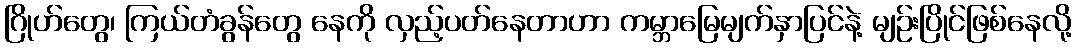
ဂြိုဟ်တွေ၊ ကြယ်တံခွန်တွေ နေကို လှည့်ပတ်နေတာဟာ ကမ္ဘာမြေမျက်နှာပြင်နဲ့ မျဉ်းပြိုင်ဖြစ်နေလို့